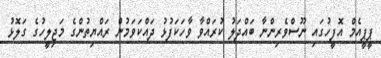
ޕީޕީއެމް އޮފީހުގައި ނޫސްވެރިންނާ ބައްދަލު ކުރައްވާ ވާހަކަފުޅު ދައްކަވަމުން ރައްޔިތުންގެ މަޖިލީހުގެ ގަލޮޅު